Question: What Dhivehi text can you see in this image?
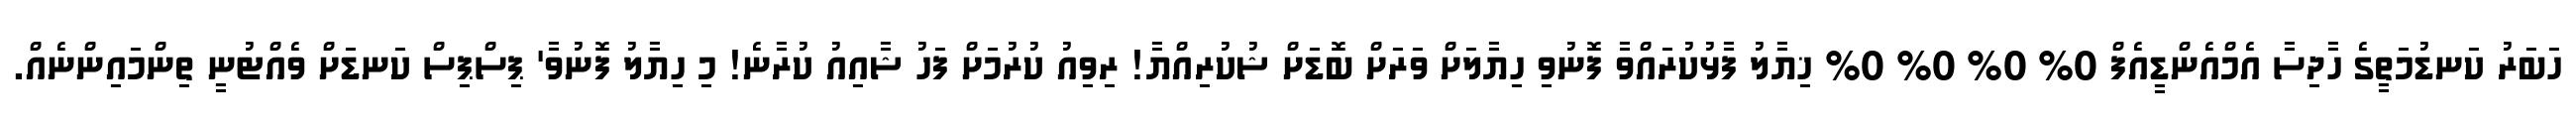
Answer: ހަބަރު ކަނޑުމަތީގެ ހާދިސާ އެމްއެންޑީއެފް 0% 0% 0% 0% ޚިޔާލު ފާޅުކުރައްވާ ފޮނުވި ހިޔާލަށް ވަރަށް ބޮޑަށް ޝުކުރިއްޔާ! ރިވިއު ކުރުމަށް ފަހު ޝާއިއު ކުރާނެ! މި ހިޔާލު ފޮނުވާ' ޕިސްޕިސް ކަނޑަށް ވެއްޓުނީ ތިންމައިންނެއް.